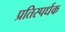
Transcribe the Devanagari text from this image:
प्रतिस्पर्धक